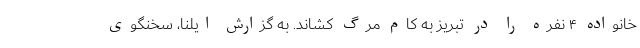
خانواده ۴ نفره را در تبریز به کام مرگ کشاند. به گزارش ایلنا، سخنگوی